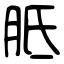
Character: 胝